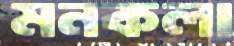
মনকলা